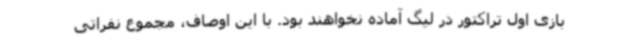
بازی اول تراکتور در لیگ آماده نخواهند بود. با این اوصاف، مجموع نفراتی